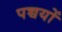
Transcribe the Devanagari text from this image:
पच्चयों